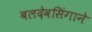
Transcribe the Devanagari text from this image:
बलदेवसिंगाने